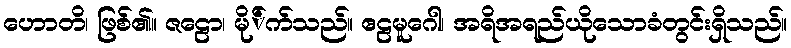
ဟောတိ၊ ဖြစ်၏။ ဇဠော၊ မို်က်သည်။ ဧဠမူဂေါ၊ အရိအရည်ယိုသောခံတွင်းရှိသည်။